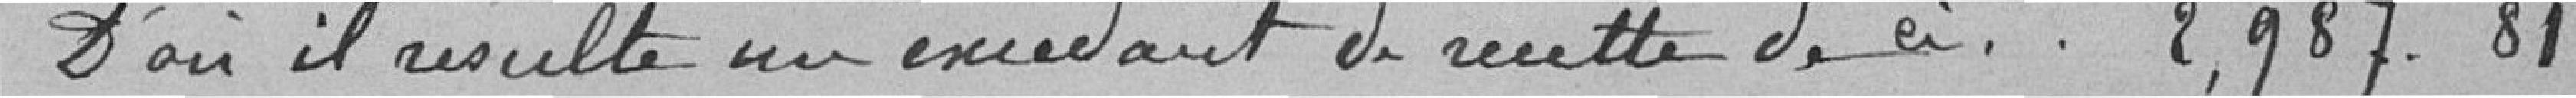
D'où il résulte en excédant de recette de 2,987.81